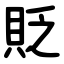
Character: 貶